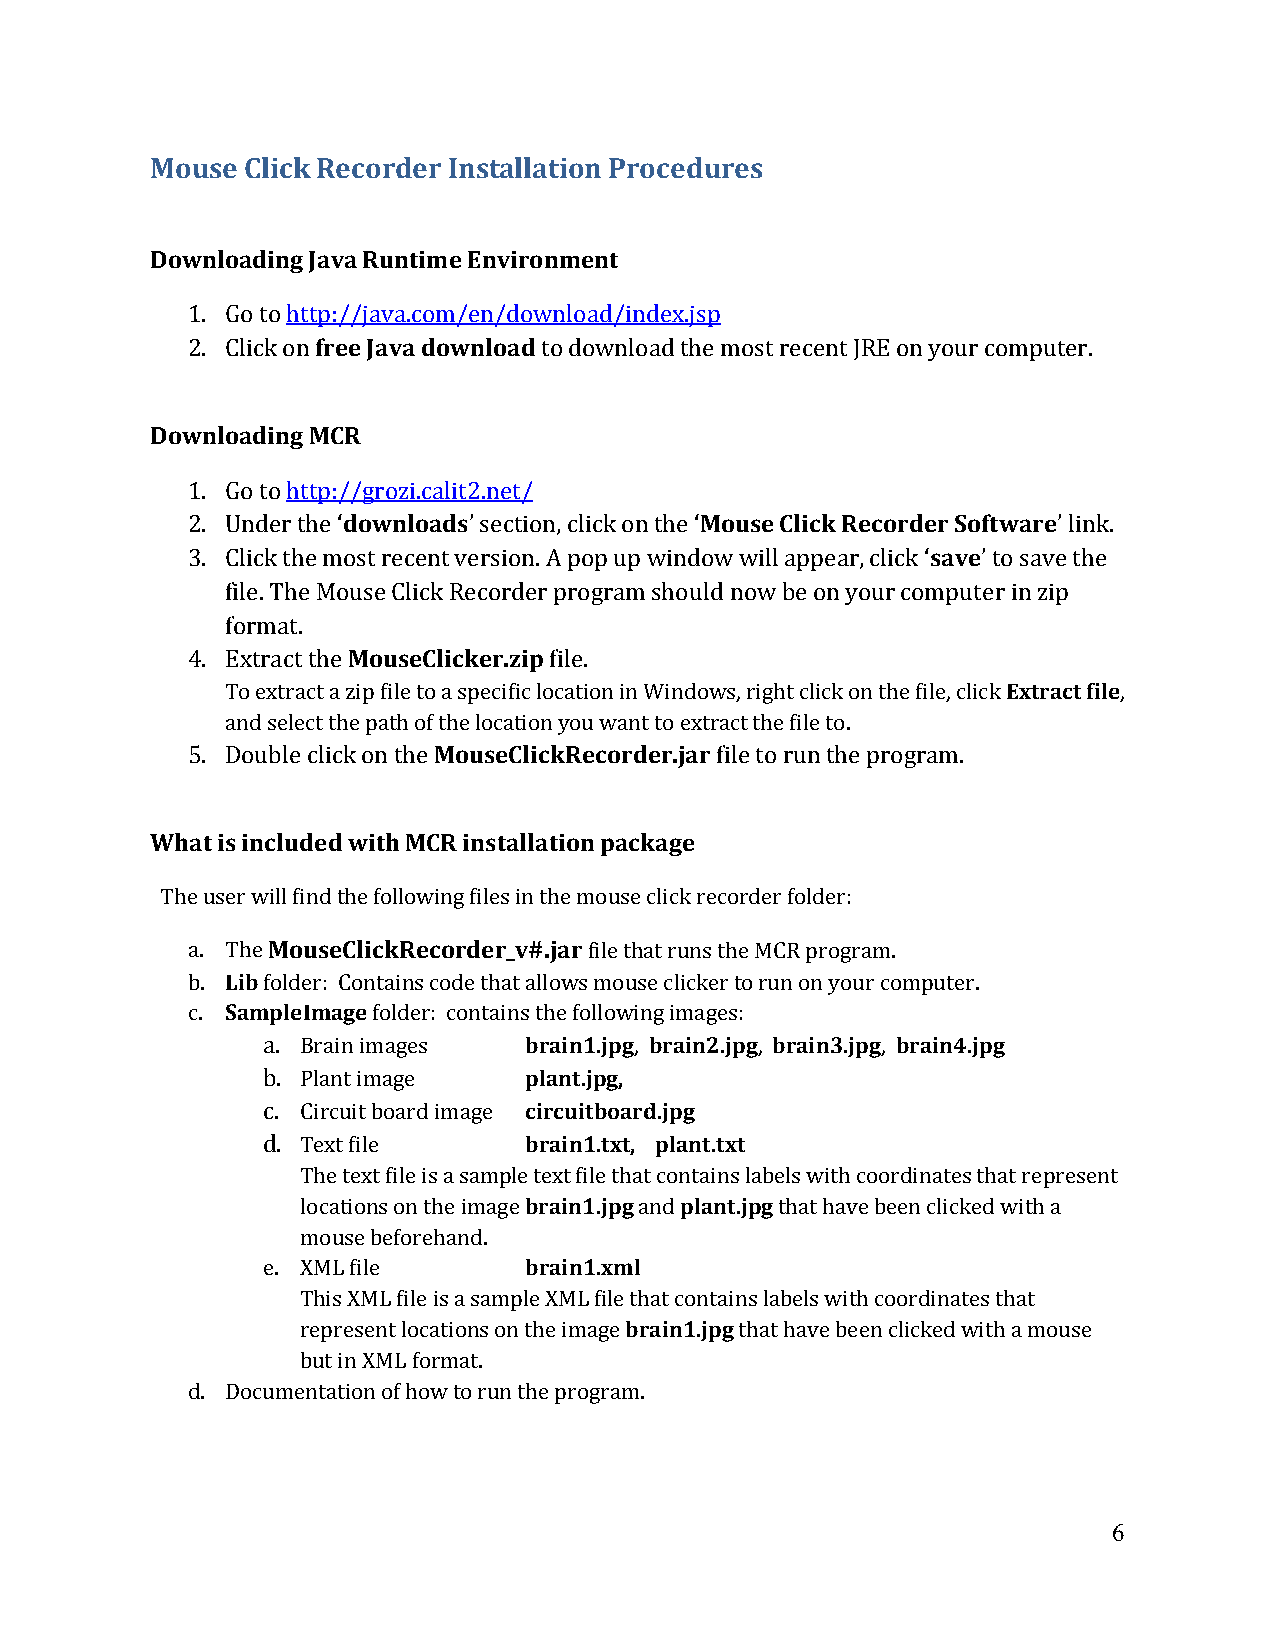
Mouse Click Recorder Installation Procedures
 Downloading Java Runtime Environment
 1. Go to http://java.com/en/download/index.jsp
 2. Click on free Java download to download the most recent JRE on your computer.
 Downloading MCR
 1. Go to http://grozi.calit2.net/
 2. Under the ‘downloads’ section, click on the ‘Mouse Click Recorder Software’ link.
 3. Click the most recent version. A pop up window will appear, click ‘save’ to save the
 file. The Mouse Click Recorder program should now be on your computer in zip
 format.
 4. Extract the MouseClicker.zip file.
 To extract a zip file to a specific location in Windows, right click on the file, click Extract file,
 and select the path of the location you want to extract the file to.
 5. Double click on the MouseClickRecorder.jar file to run the program.
 What is included with MCR installation package
 The user will find the following files in the mouse click recorder folder:
 a. The MouseClickRecorder_v#.jar file that runs the MCR program.
 b. Lib folder: Contains code that allows mouse clicker to run on your computer.
 c. SampleImage folder: contains the following images:
 a. Brain images   brain1.jpg, brain2.jpg, brain3.jpg, brain4.jpg
 b. Plant image    plant.jpg,
 c. Circuit board image circuitboard.jpg
 d. Text file      brain1.txt, plant.txt
 The text file is a sample text file that contains labels with coordinates that represent
 locations on the image brain1.jpg and plant.jpg that have been clicked with a
 mouse beforehand.
 e. XML file       brain1.xml
 This XML file is a sample XML file that contains labels with coordinates that
 represent locations on the image brain1.jpg that have been clicked with a mouse
 but in XML format.
 d. Documentation of how to run the program.
 6